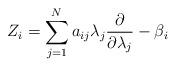
LaTeX: \begin{align*}Z_i = \sum_{j=1}^N a_{ij}\lambda_j\frac{\partial}{\partial \lambda_j} -\beta_i \quad\end{align*}